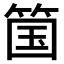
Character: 𫂆